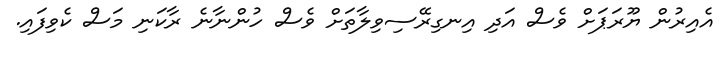
އެއިރުން ޔޫރަޕަށް ވެސް އަދި އިނގިރޭސިވިލާތަށް ވެސް ހުންނާނެ ރާކަނި މަސް ކެވިފައި.